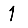
Digit: 1